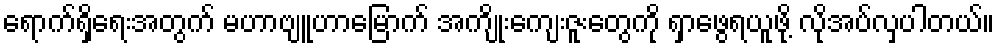
ရောက်ရှိရေးအတွက် မဟာဗျူဟာမြောက် အကျိုးကျေးဇူးတွေကို ရှာဖွေရယူဖို့ လိုအပ်လှပါတယ်။